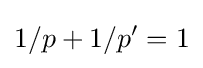
1/p+1/p'=1